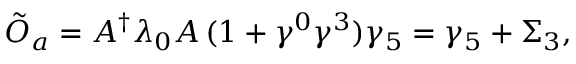
\tilde { O } _ { a } = A ^ { \dagger } \lambda _ { 0 } A \, ( 1 + \gamma ^ { 0 } \gamma ^ { 3 } ) \gamma _ { 5 } = \gamma _ { 5 } + \Sigma _ { 3 } ,